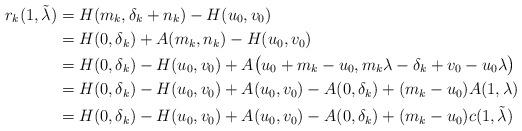
LaTeX: \begin{align*}r_k(1,\tilde{\lambda})&=H(m_k,\delta_k+n_k)-H(u_0,v_0)\\&=H(0,\delta_k)+A(m_k,n_k)-H(u_0,v_0)\\&=H(0,\delta_k)-H(u_0,v_0)+A\big(u_0+m_k-u_0,m_k\lambda-\delta_k+v_0-u_0\lambda\big)\\&=H(0,\delta_k)-H(u_0,v_0)+A(u_0,v_0)-A(0,\delta_k)+ (m_k-u_0) A(1,\lambda)\\&=H(0,\delta_k)-H(u_0,v_0)+A(u_0,v_0)-A(0,\delta_k)+ (m_k-u_0)c(1,\tilde{\lambda})\end{align*}